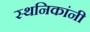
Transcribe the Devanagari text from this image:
स्थनिकांनी